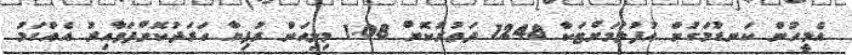
އެމީހުން ކަނޑުމަގުން އުފުލުމަށްޓަކާ 1248 ދަތުރުކޮށް 1.08 މިލިއަން ރުފިޔާ ހަރަދުކޮށްފަވާއިރު އެެއްގަމު